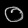
Digit: ၀